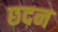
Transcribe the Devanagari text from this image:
छदन